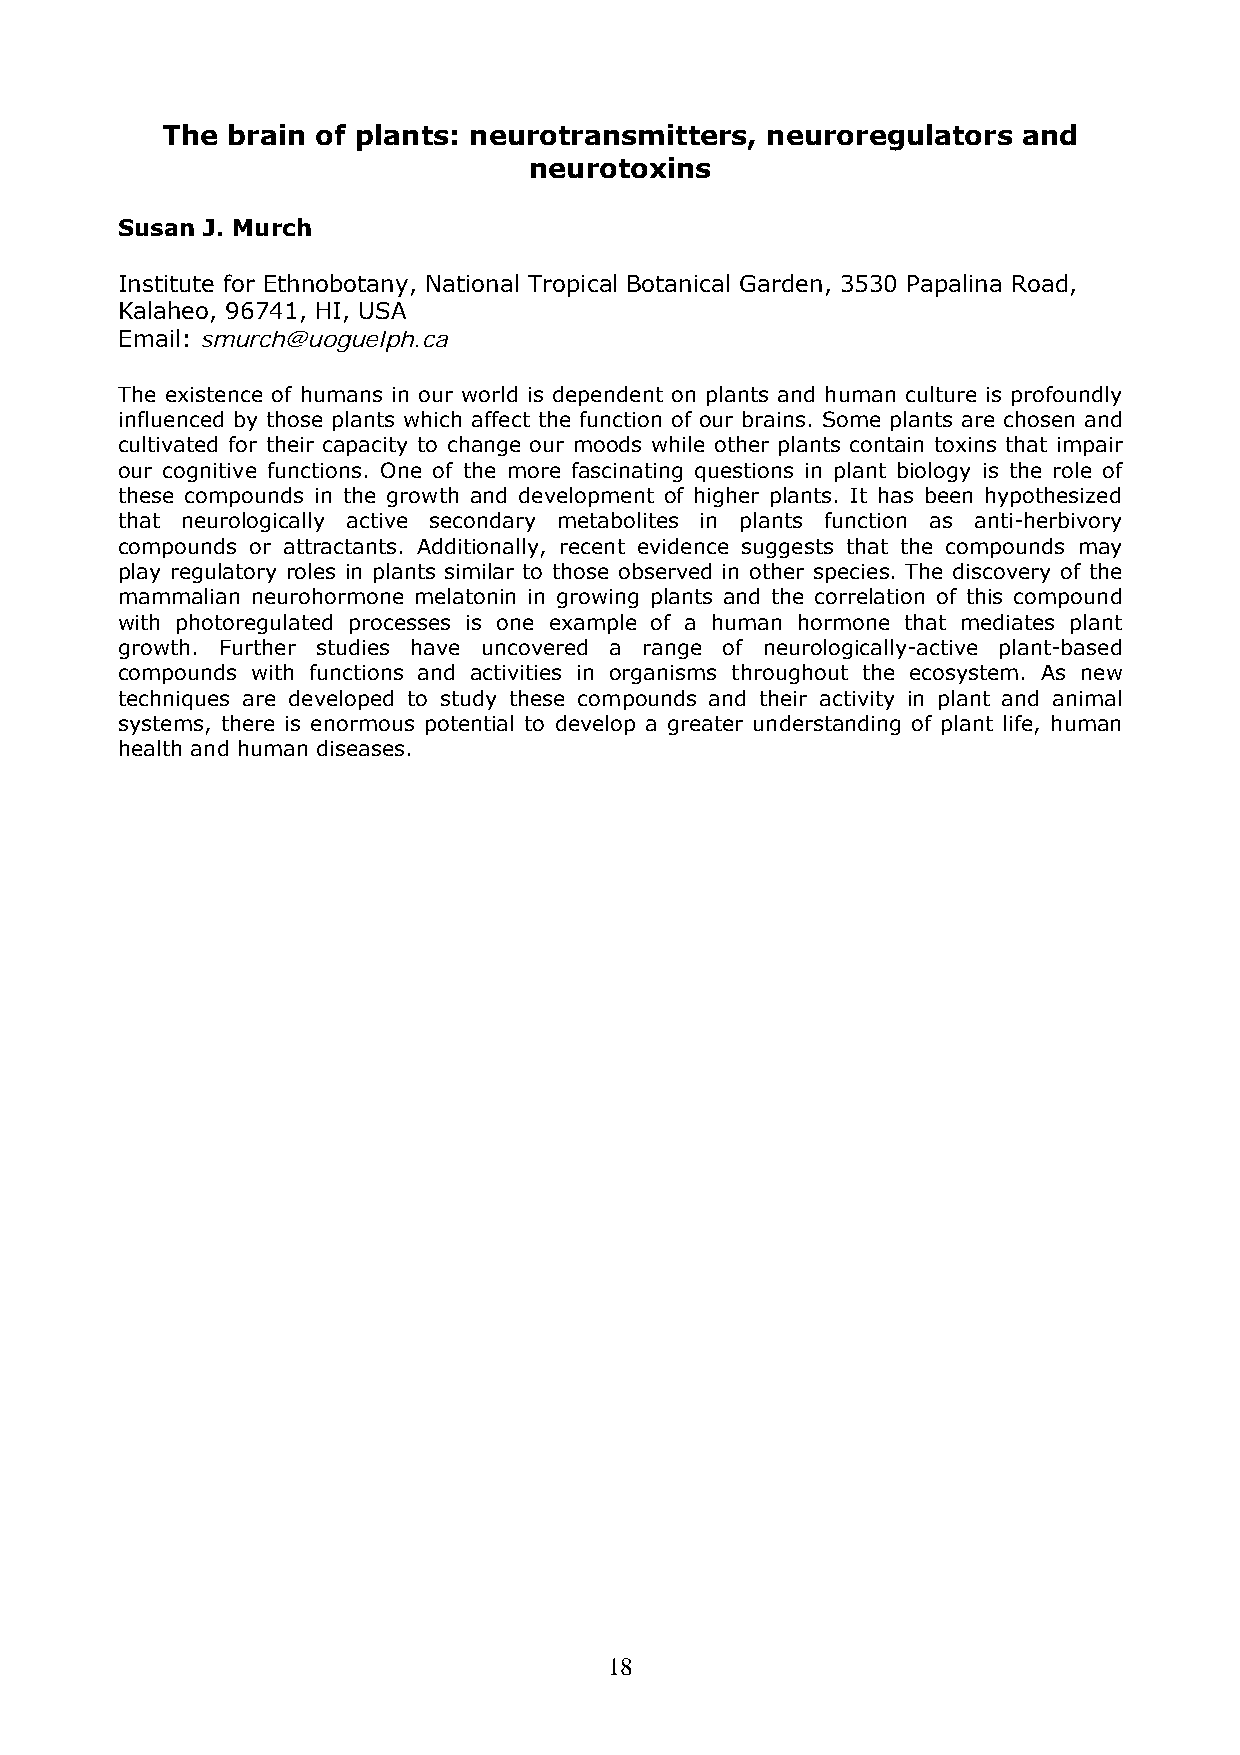
The brain of plants: neurotransmitters, neuroregulators  and
 neurotoxins
 Susan J. Murch
 Institute for Ethnobotany, National Tropical Botanical Garden, 3530 Papalina Road,
 Kalaheo, 96741, HI, USA
 Email: smurch@uoguelph.ca
 The existence of humans in our world is dependent on plants and human culture is profoundly
 influenced by those plants which affect the function of our brains. Some plants are chosen and
 cultivated for their capacity to change our moods while other plants contain toxins that impair
 our cognitive functions. One of the more fascinating questions in plant biology is the role of
 these compounds in the growth and development of higher plants. It has been hypothesized
 that neurologically active secondary metabolites in plants function as anti-herbivory
 compounds or attractants. Additionally, recent evidence suggests that the compounds may
 play regulatory roles in plants similar to those observed in other species. The discovery of the
 mammalian neurohormone melatonin in growing plants and the correlation of this compound
 with photoregulated processes is one example of a human hormone that mediates plant
 growth. Further studies have uncovered a range of neurologically-active plant-based
 compounds with functions and activities in organisms throughout the ecosystem. As new
 techniques are developed to study these compounds and their activity in plant and animal
 systems, there is enormous potential to develop a greater understanding of plant life, human
 health and human diseases.
 18